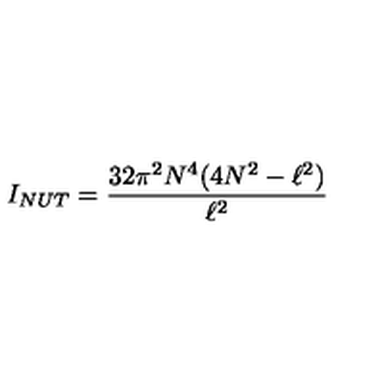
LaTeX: I _ { N U T } = \frac { 3 2 \pi ^ { 2 } N ^ { 4 } ( 4 N ^ { 2 } - \ell ^ { 2 } ) } { \ell ^ { 2 } }